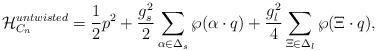
LaTeX: \begin{align*}{\cal H}_{C_n}^{untwisted}={1\over2}p^2+{g_s^2\over2} \sum_{\alpha\in\Delta_s} \wp(\alpha\cdot q)+{g_l^2\over4}\sum_{\Xi\in\Delta_l} \wp(\Xi\cdot q), \end{align*}